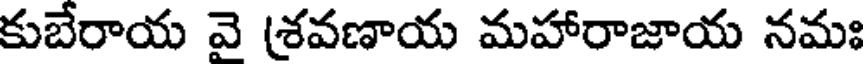
కుబేరాయ వై (శవణాయ మహారాజాయ నమః